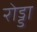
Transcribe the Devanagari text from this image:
रोड्डा